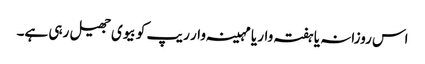
اس روزانہ یا ہفتہ وار یا مہینہ وار ریپ کو بیوی جھیل رہی ہے۔